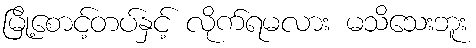
မြို့စောင့်တပ်နှင့် လိုက်ရမလား မသိသေးဘူး